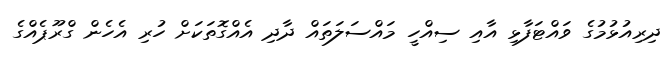
ދިރިއުޅުމުގެ ވައްޓަފާޅި އާއި ސިއްހީ މައްސަލަތައް ދާދި އެއްގޮތަކަށް ހުރި އެހެން ގްރޫޕެއްގެ